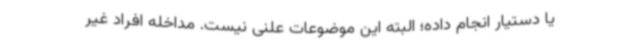
یا دستیار انجام داده؛ البته این موضوعات علنی نیست. مداخله افراد غیر